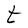
Character: t